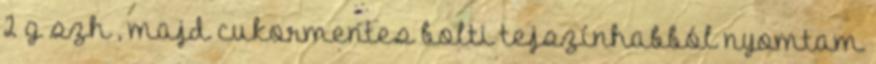
2 g szh , majd cukormentes bolti tejszínhabból nyomtam